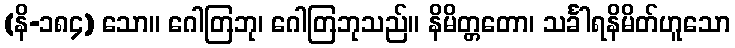
(နိ-၁၈၄) သော။ ဂေါတြဘု၊ ဂေါတြဘုသည်။ နိမိတ္တတော၊ သင်္ခါရနိမိတ်ဟူသော